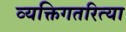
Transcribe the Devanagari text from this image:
व्यक्तिगतरित्या